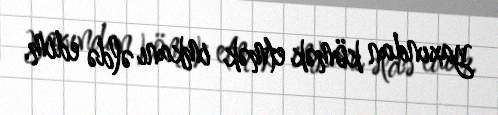
yaxından kömək etmək imkanı əldə edim.